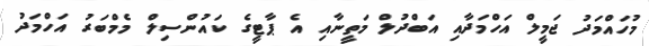
މުހައްމަދު ޖަމީލް އަހްމަދާއި އަބްދުލް މަތީނާއި އެ ޕާޓީގެ ކައުންސިލް މެމްބަރު އަހްމަދު